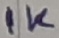
Text: 1K